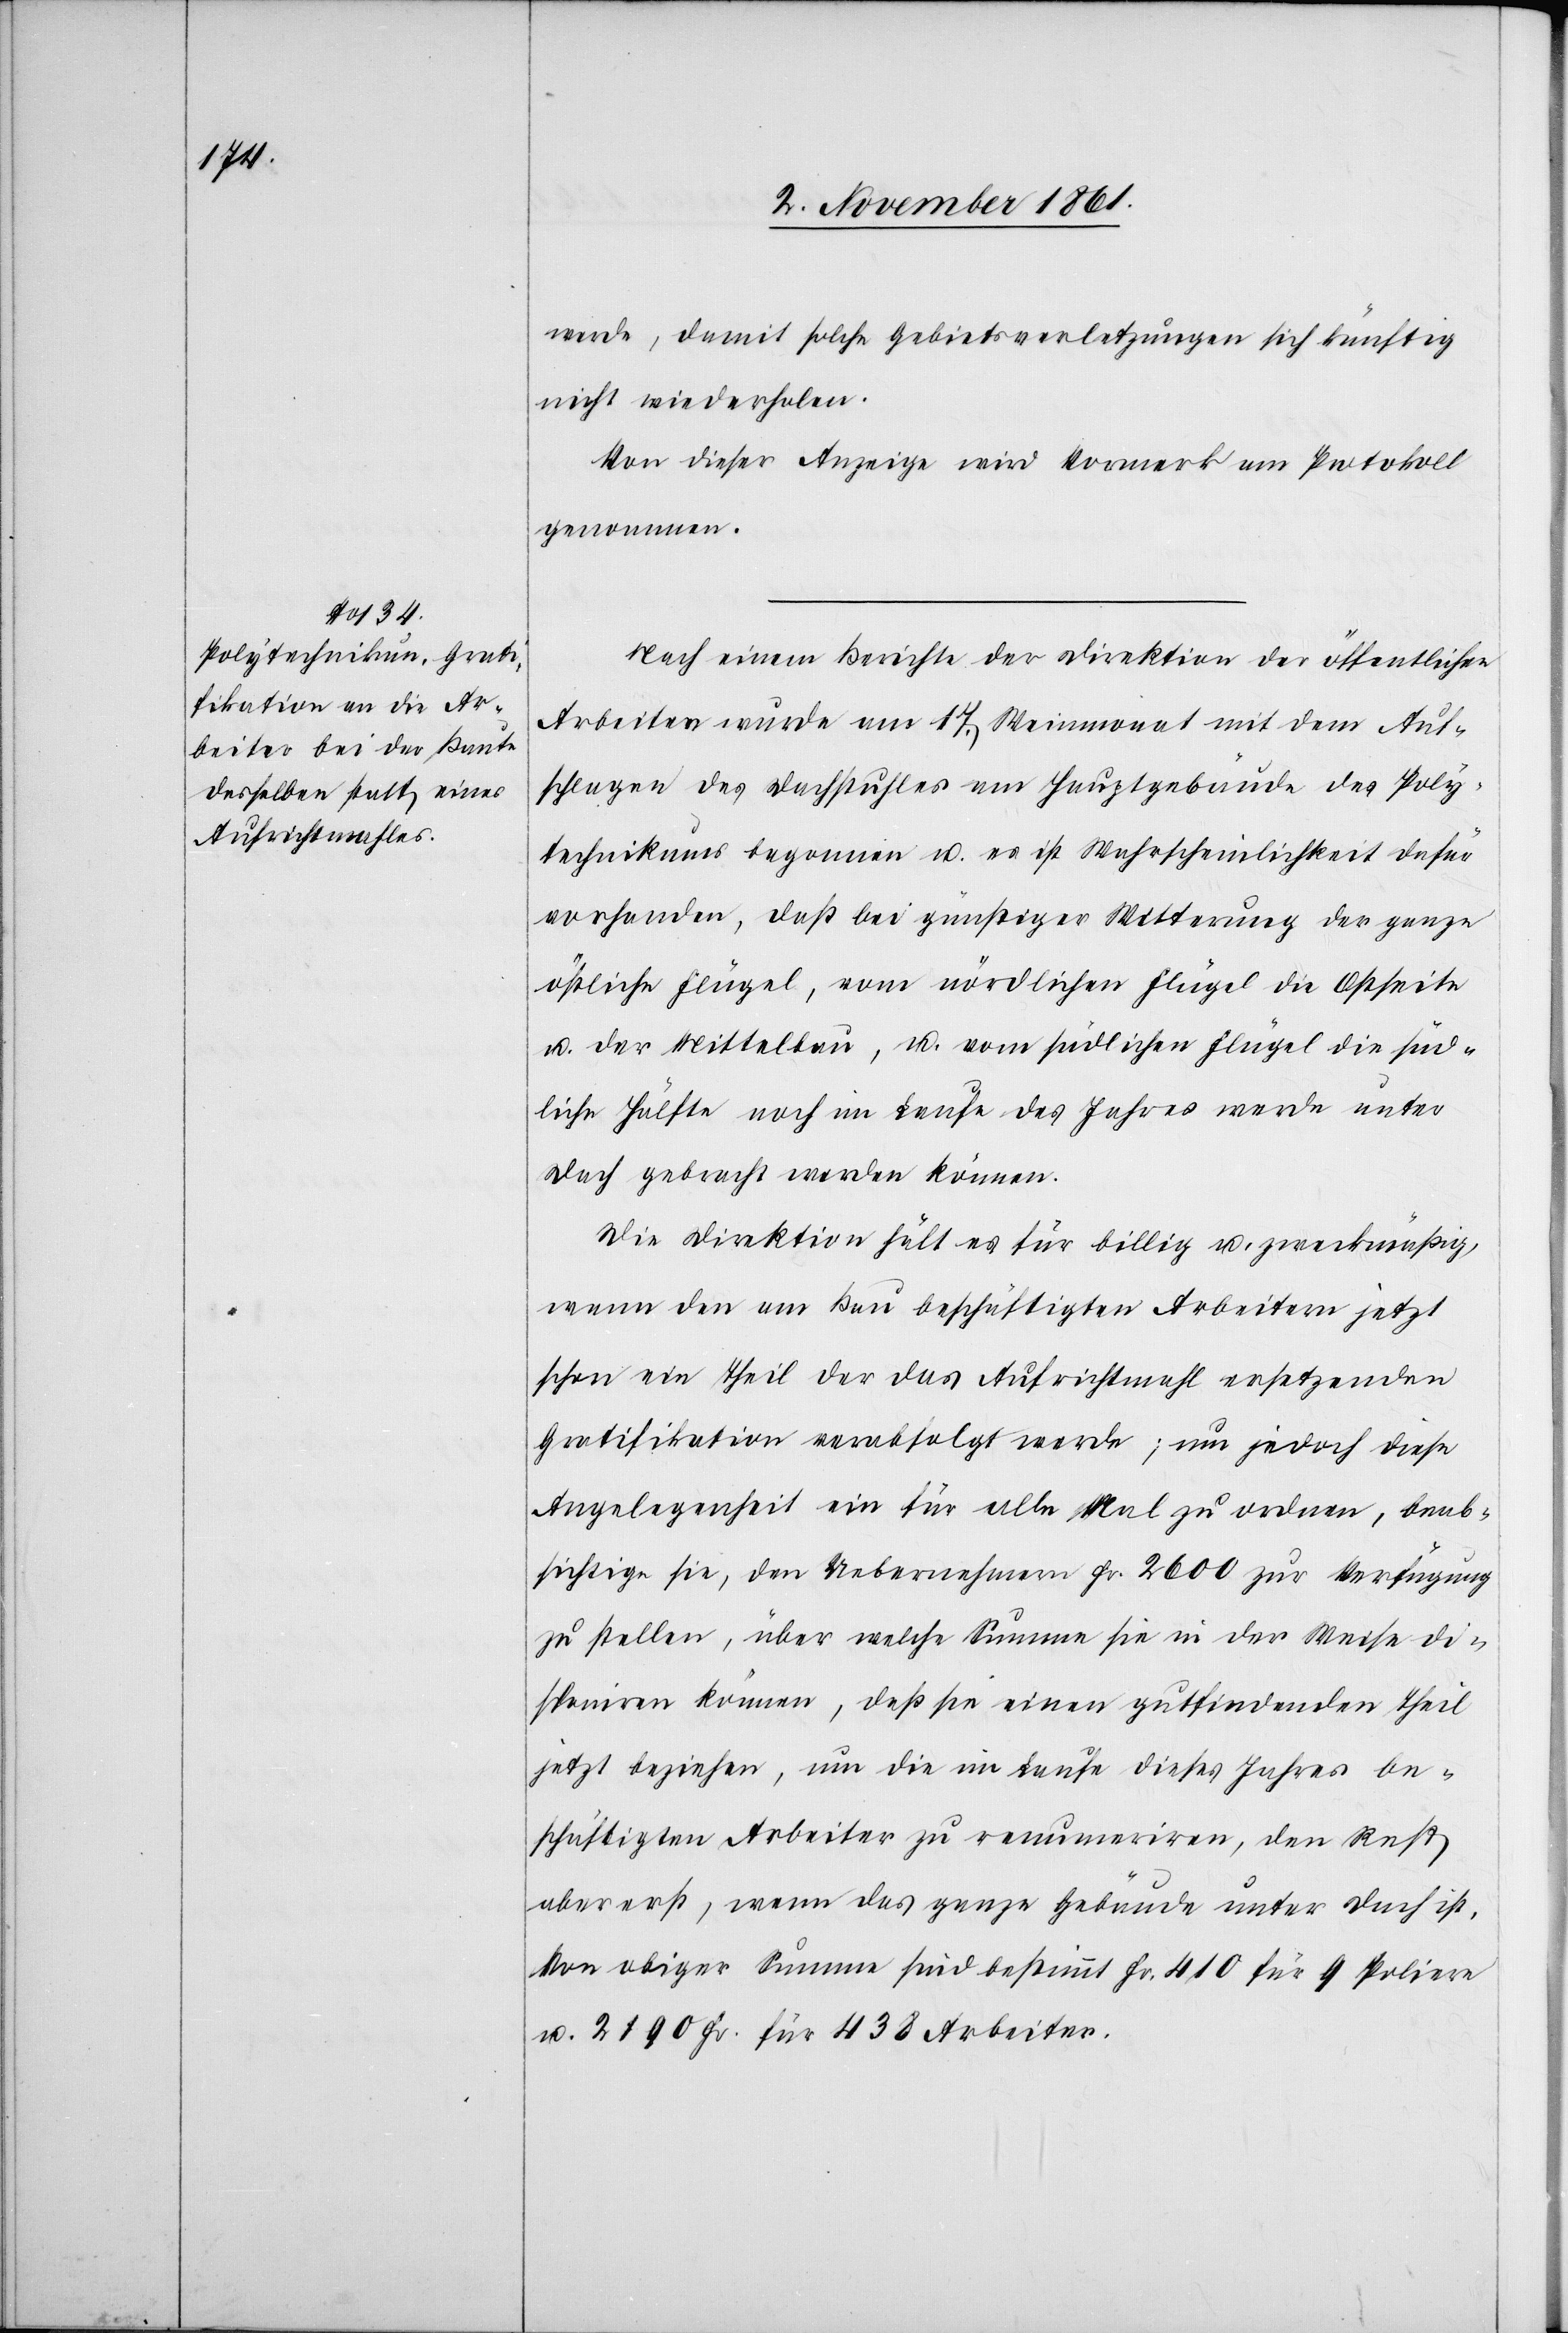
werde, damit solche Gebietsverletzungen sich künftig
nicht wiederholen.
Von dieser Anzeige wird Vormerk am Protokoll
genommen.
Nach einem Berichte der Direktion der öffentlichen
Arbeiten wurde am 17 Weinmonat mit dem Auf¬
schlagen des Dachstuhles am Hauptgebäude des Poly¬
technikums begonnen u. es ist Wahrscheinlichkeit dafür
vorhanden, daß bei günstiger Witterung der ganze
östliche Flügel, vom nördlichen Flügel die Ostseite
u. der Mittelbau, u. vom südlichen Flügel die süd¬
liche Hälfte noch im Laufe des Jahres werde unter
Dach gebracht werden können.
Die Direktion hält es für billig u. zweckmäßig,
wenn den am Bau beschäftigten Arbeitern jetzt
schon ein Theil der das Aufrichtmahl ersetzenden
Gratifikation verabfolgt werde, um jedoch diese
Angelegenheit ein für alle Mal zu ordnen, beab¬
sichtige sie, den Uebernehmern Fr. 2600 zur Verfügung
zu stellen, über welche Summe sie in der Weise di¬
sponiren können, daß sie einen gutfindenden Theil
jetzt beziehen, um die im Laufe dieses Jahres be¬
schäftigten Arbeiter zu renumeriren, den Rest
aber erst, wenn das ganze Gebäude unter Dach ist.
Von obiger Summe sind bestimmt Fr. 410 für 9 Poliere
u. 2190 Fr. für 438 Arbeiter.